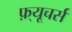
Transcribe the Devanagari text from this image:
फ़्यूचर्स